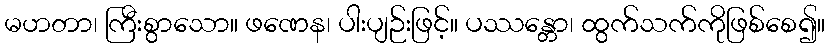
မဟတာ၊ ကြီးစွာသော။ ဖဏေန၊ ပါးပျဉ်းဖြင့်။ ပဿန္တော၊ ထွက်သက်ကိုဖြစ်စေ၍။